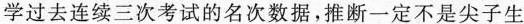
学过去连续三次考试的名次数据，推断一定不是尖子生